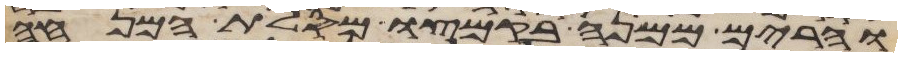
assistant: והרים ממנה בקמצו מסלת המנחה